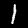
Label: 1